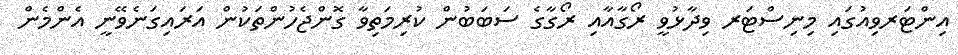
އިންޓަރވިއުގައި މިނިސްޓަރ ވިދާޅުވީ ރޯގާއާއި ރޯގާގެ ސަބަބުން ކުރިމަތިވާ ގޮންޖެހުންތަކުން އަރައިގަނެވޭނީ އެންމެން